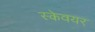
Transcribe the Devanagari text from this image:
स्केवयर